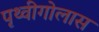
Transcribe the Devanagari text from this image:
पृथ्वीगोलास